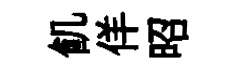
飢佯昭